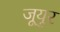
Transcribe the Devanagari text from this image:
जूयुर